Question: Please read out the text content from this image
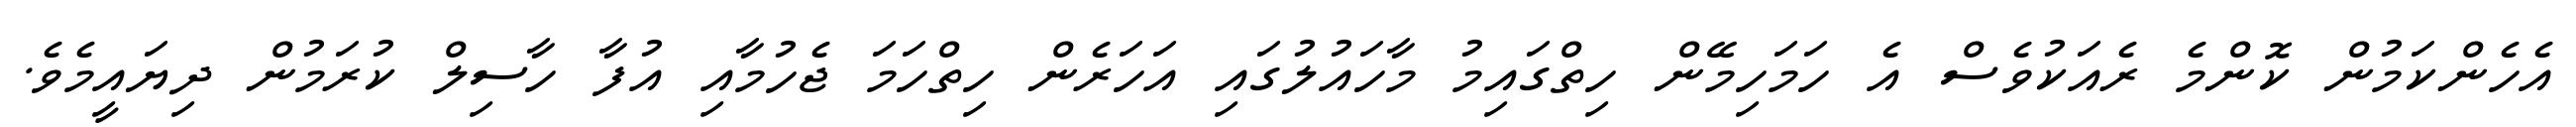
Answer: އެހެންކަމުން ކޮންމެ ރެއަކުވެސް އެ ހަމަހިމޭން ހިތްގައިމު މާހައުލުގައި އަހަރެން ހިތްހަމަ ޖެހުމާއި އުފާ ހާސިލް ކުރަމުން ދިޔައީމެވެ.